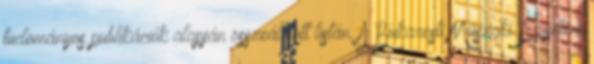
tudományos publikációk alapján összeállított listán. A Bukaresti Műszaki Egyetem